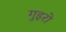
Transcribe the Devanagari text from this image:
गुइरो